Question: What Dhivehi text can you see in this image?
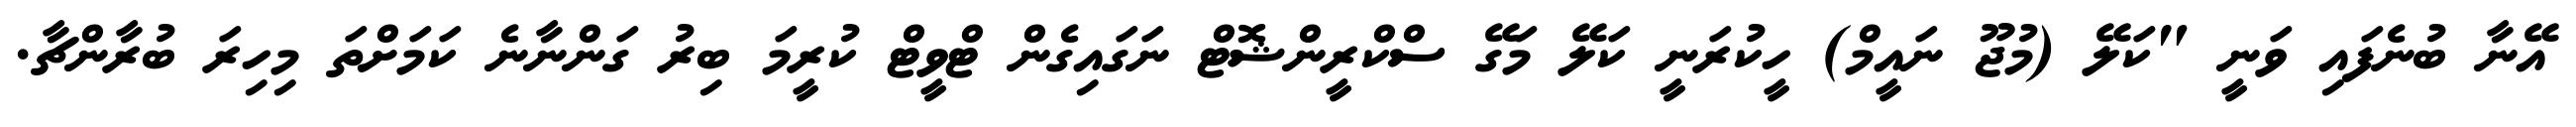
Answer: އޭނާ ބުނެފައި ވަނީ "ކަލޭ (މުޖޫ ނައީމް) ހީކުރަނީ ކަލޭ މަގޭ ސްކްރީންޝޮޓް ނަގައިގެން ޓްވީޓް ކުރީމަ ބިރު ގަންނާނެ ކަމަށްތަ މިހިރަ ބުރާންޗާ.